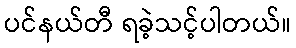
ပင်နယ်တီ ရခဲ့သင့်ပါတယ်။